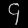
Digit: ၄